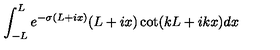
\int _ { - L } ^ { L } e ^ { - \sigma ( L + i x ) } ( L + i x ) \cot ( k L + i k x ) d x